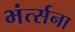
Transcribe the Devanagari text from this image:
भंर्त्सना